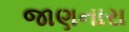
જાણનારા